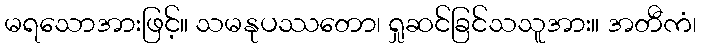
မရသောအားဖြင့်။ သမနုပဿတော၊ ရှုဆင်ခြင်သသူအား။ အတီကံ၊